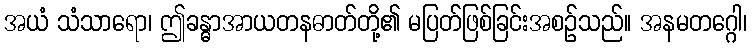
အယံ သံသာရော၊ ဤခန္ဓာအာယတနဓာတ်တို့၏ မပြတ်ဖြစ်ခြင်းအစဉ်သည်။ အနမတဂ္ဂေါ၊